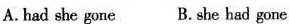
A.had she gone B.She had gone